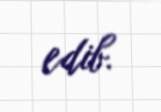
edib.